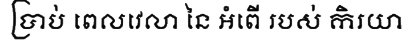
ប្រាប់ ពេលវេលា នៃ អំពើ របស់ កិរយា